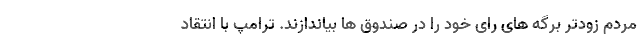
مردم زودتر برگه های رای خود را در صندوق ها بیاندازند. ترامپ با انتقاد